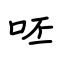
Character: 呸